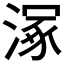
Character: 𣹞